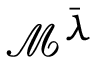
\mathcal { M } ^ { \bar { \lambda } }